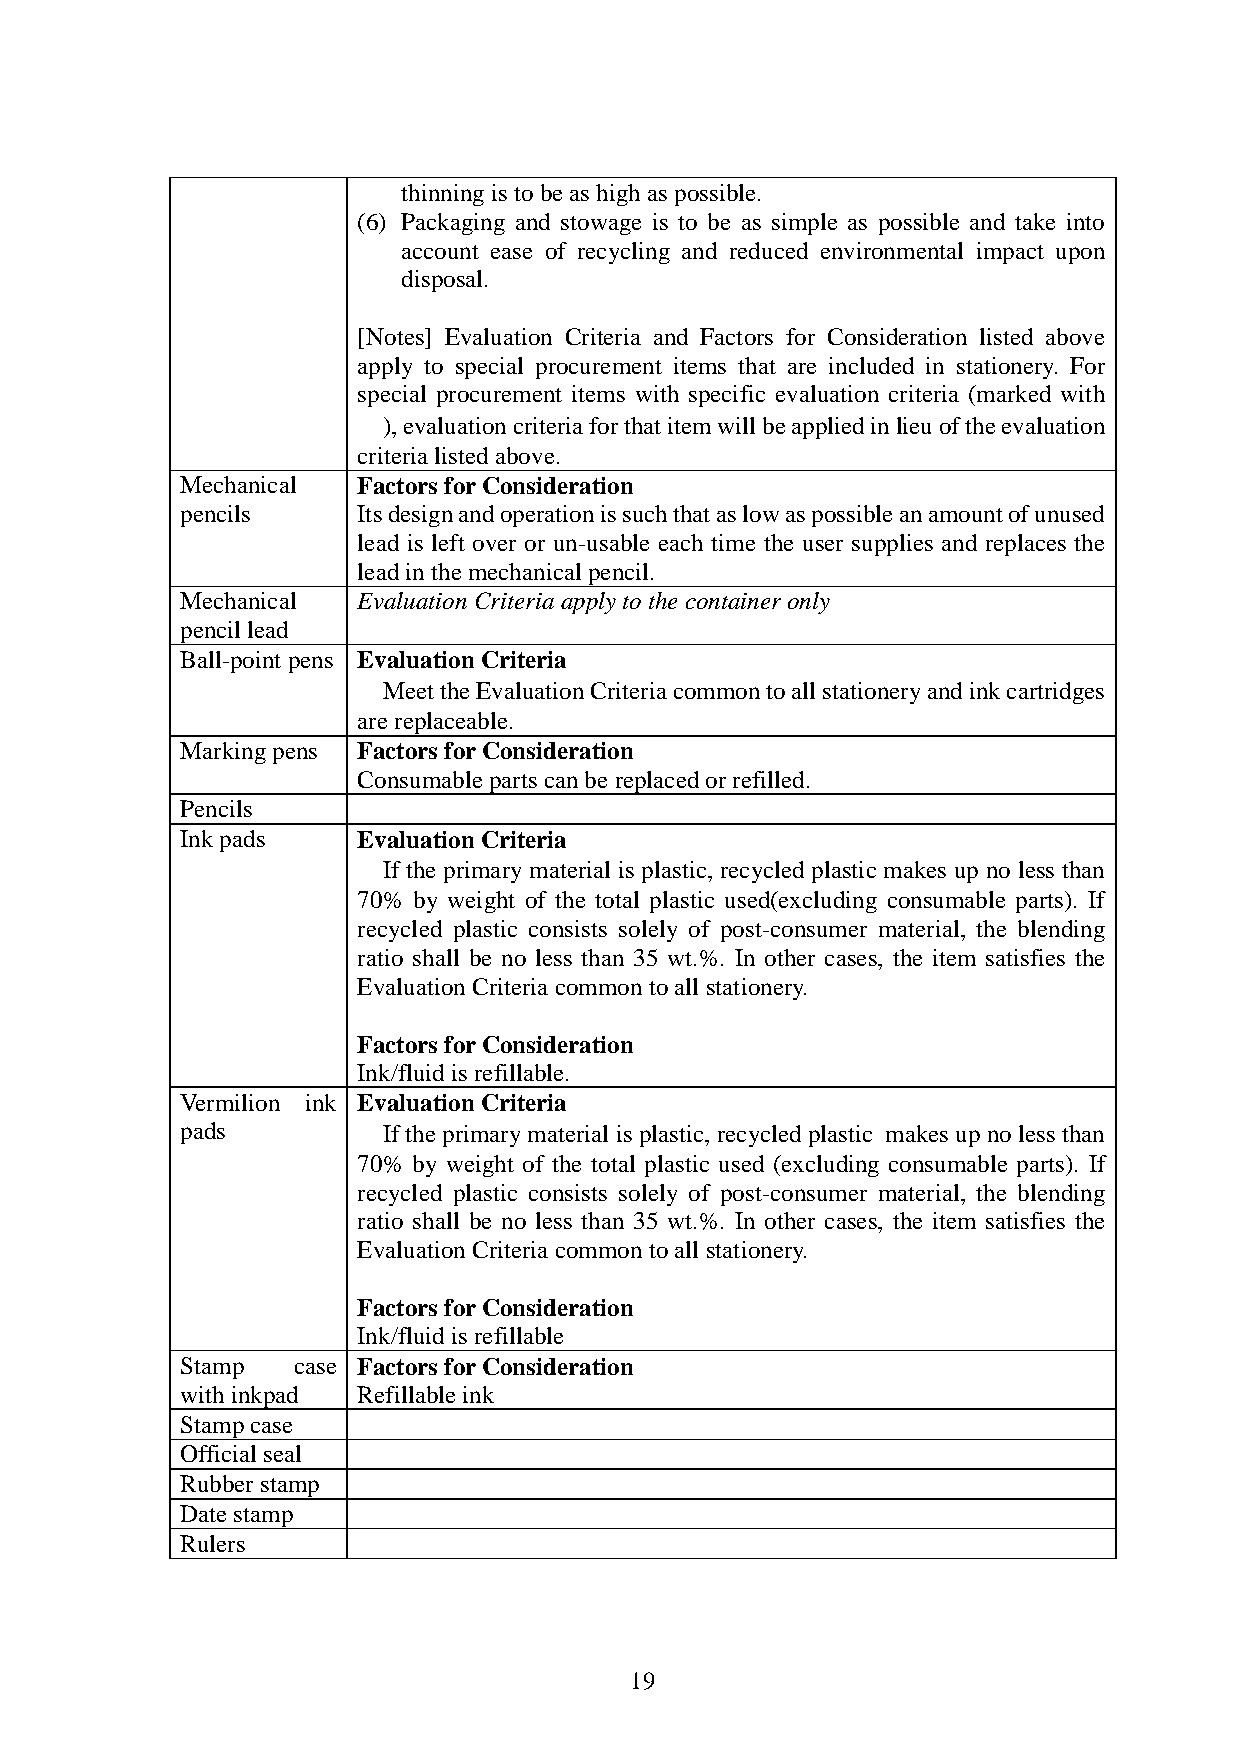
thinning is to be as high as possible.
 (6) Packaging and stowage is to be as simple as possible and take into
 account ease of recycling and reduced environmental impact upon
 disposal.
 [Notes] Evaluation Criteria and Factors for Consideration listed above
 apply to special procurement items that are included in stationery. For
 special procurement items with specific evaluation criteria (marked with
 ●), evaluation criteria for that item will be applied in lieu of the evaluation
 criteria listed above.
 Mechanical  Factors for Consideration
 pencils     Its design and operation is such that as low as possible an amount of unused
 lead is left over or un-usable each time the user supplies and replaces the
 lead in the mechanical pencil.
 Mechanical  Evaluation Criteria apply to the container only
 pencil lead
 Ball-point pens Evaluation Criteria
 ●Meet the Evaluation Criteria common to all stationery and ink cartridges
 are replaceable.
 Marking pens Factors for Consideration
 Consumable parts can be replaced or refilled.
 Pencils
 Ink pads    Evaluation Criteria
 ●If the primary material is plastic, recycled plastic makes up no less than
 70% by weight of the total plastic used(excluding consumable parts). If
 recycled plastic consists solely of post-consumer material, the blending
 ratio shall be no less than 35 wt.%. In other cases, the item satisfies the
 Evaluation Criteria common to all stationery.
 Factors for Consideration
 Ink/fluid is refillable.
 Vermilion ink Evaluation Criteria
 pads        ●If the primary material is plastic, recycled plastic makes up no less than
 70% by weight of the total plastic used (excluding consumable parts). If
 recycled plastic consists solely of post-consumer material, the blending
 ratio shall be no less than 35 wt.%. In other cases, the item satisfies the
 Evaluation Criteria common to all stationery.
 Factors for Consideration
 Ink/fluid is refillable
 Stamp  case Factors for Consideration
 with inkpad Refillable ink
 Stamp case
 Official seal
 Rubber stamp
 Date stamp
 Rulers
 19